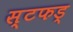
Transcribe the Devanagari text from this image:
स्टफड्